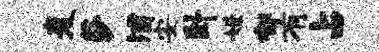
麦莎浦安卧嫌郁有占